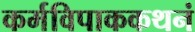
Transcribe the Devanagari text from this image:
कर्मविपाककथनं